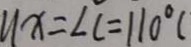
1 1 x = \angle C = 1 1 0 ^ { \circ } (